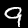
Label: 9